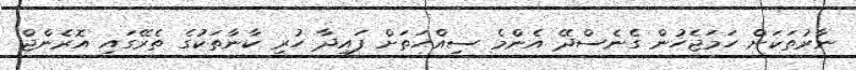
ނާރުތަކަށް ހަމަޖެހުން ގެނެސްދޭ އެންމެ ސިއްހަތަށް ފައިދާ ހުރި ކާނާތަކުގެ ތެރޭގައި އޮރެންޖް